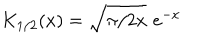
LaTeX: K _ { 1 / 2 } ( x ) = \sqrt { \pi / 2 x } \, \, e ^ { - x }